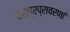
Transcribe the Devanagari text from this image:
वस्त्रप्रावरणां